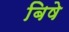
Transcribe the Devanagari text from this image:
बिषे